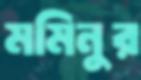
মমিনুর